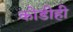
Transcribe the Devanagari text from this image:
कोडीही